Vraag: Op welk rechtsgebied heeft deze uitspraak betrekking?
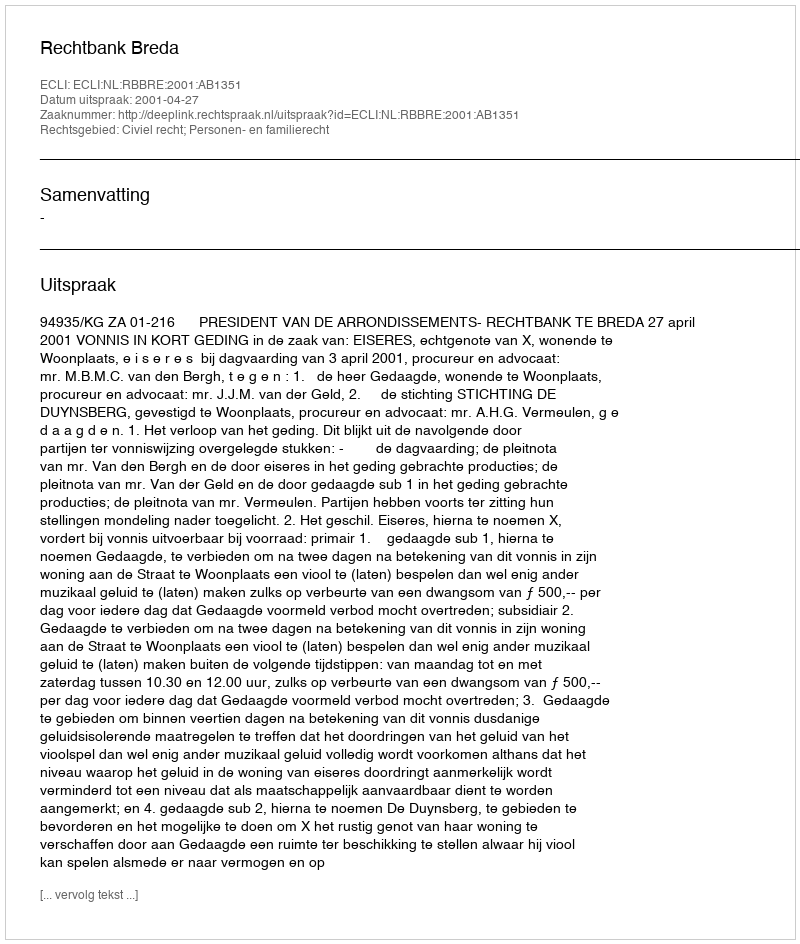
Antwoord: Civiel recht; Personen- en familierecht